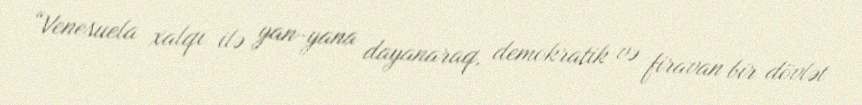
“Venesuela xalqı ilə yan-yana dayanaraq, demokratik və firavan bir dövlət